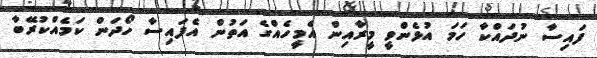
ފައިސާ ނުދައްކާ ހަމަ އުޅެންވީ މީރާއިން އެމީހެއްގެ އަތުން އެފައިސާ ހޯދަން ކަމެއްކުރޭބާ